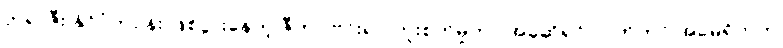
ဘရာဇီး နိုင်ငံတဝန်း ဖြစ်ပွားနေတဲ့ ဇီကာ ဗိုင်းရပ် ကူးစက်မှုဟာ အခုဆိုရင် လက်တင် အမေရိကက